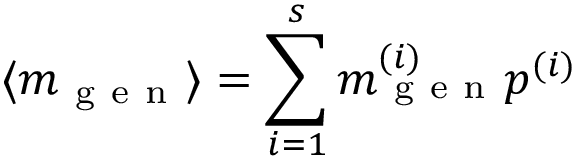
\langle m _ { \mathrm { ~ g ~ e ~ n ~ } } \rangle = \sum _ { i = 1 } ^ { s } m _ { \mathrm { ~ g ~ e ~ n ~ } } ^ { ( i ) } p ^ { ( i ) }